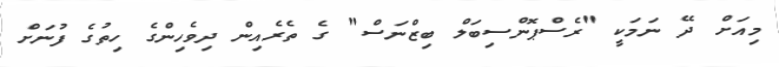
މިއަށް ދޭ ނަމަކީ "ރެސްޕޮންސިބަލް ބިޒްނަސް" ގެ ތެރެއިން ދިވެހިންގެ ހިތުގެ ފުނަށް